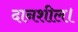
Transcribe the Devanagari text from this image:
दानशील।